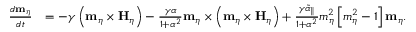
\begin{array} { r l } { \frac { d \mathbf { m } _ { \eta } } { d t } } & { = - \gamma \left( \mathbf { m } _ { \eta } \times \mathbf { H } _ { \eta } \right) - \frac { \gamma \alpha } { 1 + \alpha ^ { 2 } } \mathbf { m } _ { \eta } \times \left( \mathbf { m } _ { \eta } \times \mathbf { H } _ { \eta } \right) + \frac { \gamma \tilde { \alpha } _ { \parallel } } { 1 + \alpha ^ { 2 } } m _ { \eta } ^ { 2 } \left[ m _ { \eta } ^ { 2 } - 1 \right] \mathbf { m } _ { \eta } . } \end{array}